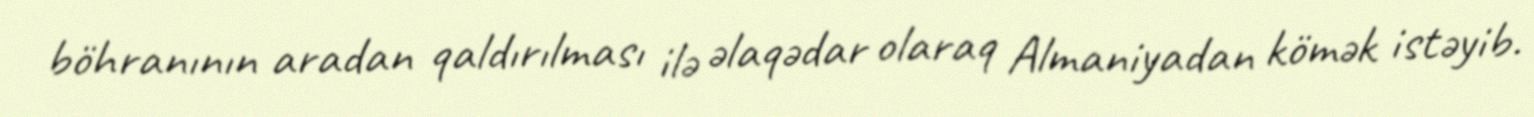
böhranının aradan qaldırılması ilə əlaqədar olaraq Almaniyadan kömək istəyib.